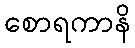
စောရကာနိ